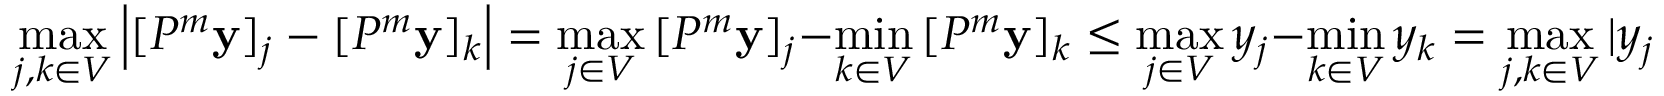
\operatorname* { m a x } _ { j , k \in V } \left| [ P ^ { m } \mathbf { y } ] _ { j } - [ P ^ { m } \mathbf { y } ] _ { k } \right| = \operatorname* { m a x } _ { j \in V } \, [ P ^ { m } \mathbf { y } ] _ { j } - \operatorname* { m i n } _ { k \in V } \, [ P ^ { m } \mathbf { y } ] _ { k } \leq \operatorname* { m a x } _ { j \in V } y _ { j } - \operatorname* { m i n } _ { k \in V } y _ { k } = \operatorname* { m a x } _ { j , k \in V } | y _ { j } - y _ { k } | .